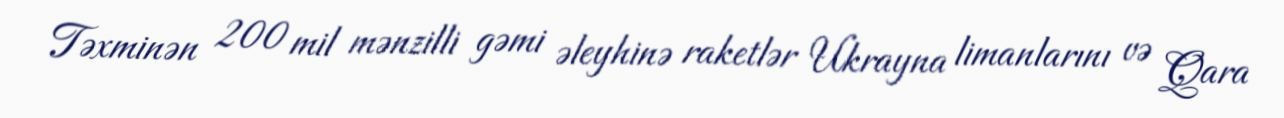
Təxminən 200 mil mənzilli gəmi əleyhinə raketlər Ukrayna limanlarını və Qara